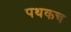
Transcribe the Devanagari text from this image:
पथकच